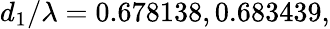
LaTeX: d_{1}/\lambda=0.678138,0.683439,